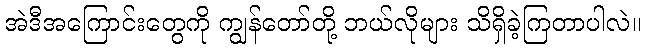
အဲဒီအကြောင်းတွေကို ကျွန်တော်တို့ ဘယ်လိုများ သိရှိခဲ့ကြတာပါလဲ။